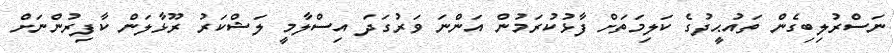
ނަސްރުލިބިގެން ތައުޙީދުގެ ކަލިމަތަށް ފާޅުކުރަމުން އަންނަ ވަރުގަދަ އިސްލާމީ ލަޝްކަރު ރޫޅާލަން ކާފިރުންނަށް